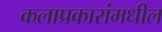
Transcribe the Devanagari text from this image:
कलाप्रकारांमधील